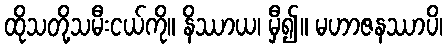
ထိုသတို့သမီးငယ်ကို။ နိဿာယ၊ မှီ၍။ မဟာဇနဿာပိ၊